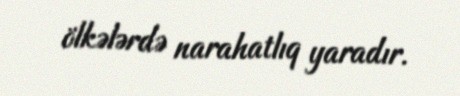
ölkələrdə narahatlıq yaradır.